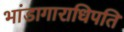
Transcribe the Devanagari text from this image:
भांडागाराधिपति